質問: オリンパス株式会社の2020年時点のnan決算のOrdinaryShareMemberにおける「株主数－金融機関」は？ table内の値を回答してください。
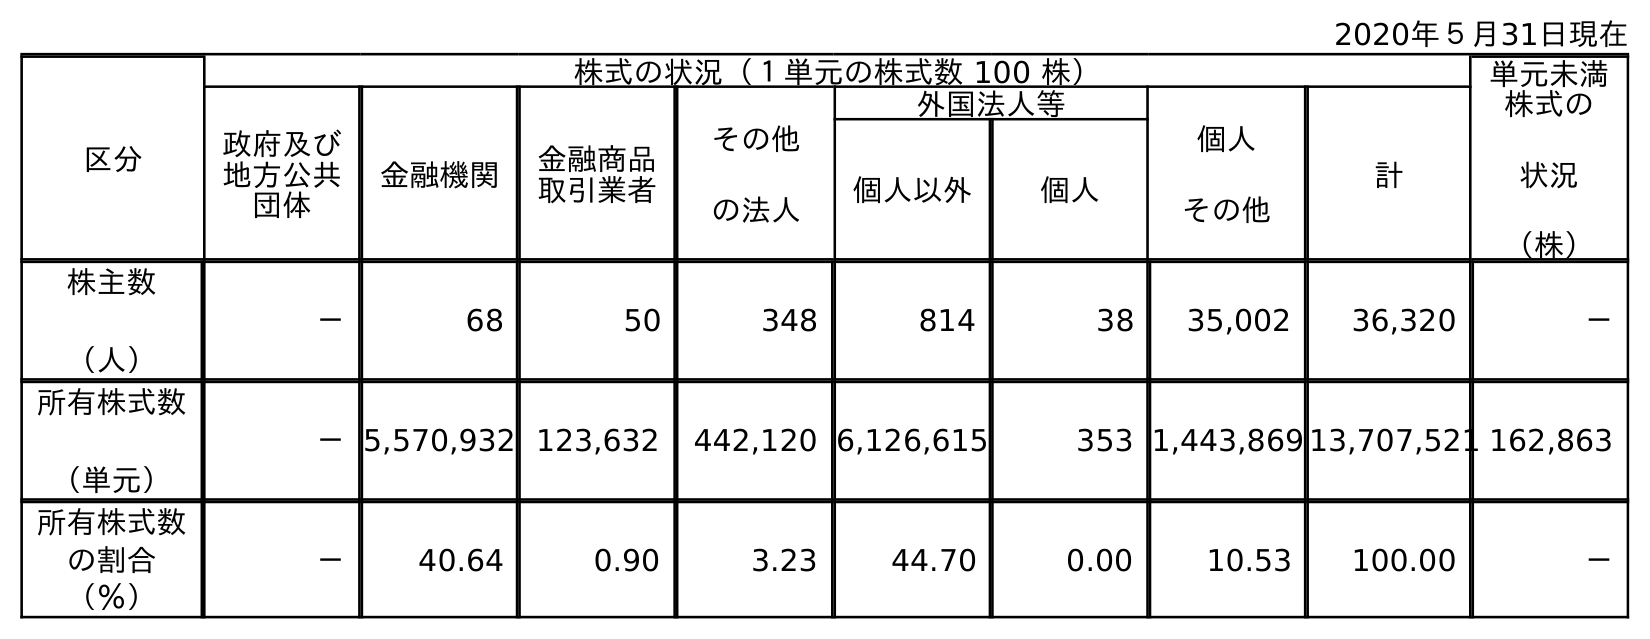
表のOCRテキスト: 2020年５月31日現在 区分 株式の状況（１単元の株式数 100 株） 単元未満 株式の 状況 （株） 政府及び 地方公共 団体 金融機関 金融商品 取引業者 その他 の法人 外国法人等 個人 その他 計 個人以外 個人 株主数 （人） － 68 50 348 814 38 35,002 36,320 － 所有株式数 （単元） －5,570,932 123,632 442,120 6,126,615 353 1,443,869 13,707,521 162,863 所有株式数 の割合 （％） － 40.64 0.90 3.23 44.70 0.00 10.53 100.00 －
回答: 68